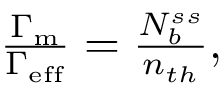
\begin{array} { r } { \frac { \Gamma _ { \mathrm { m } } } { \Gamma _ { \mathrm { e f f } } } = \frac { N _ { b } ^ { s s } } { n _ { t h } } , } \end{array}